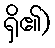
ရှိ၏)